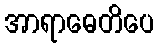
အာရာဓေတိပေ